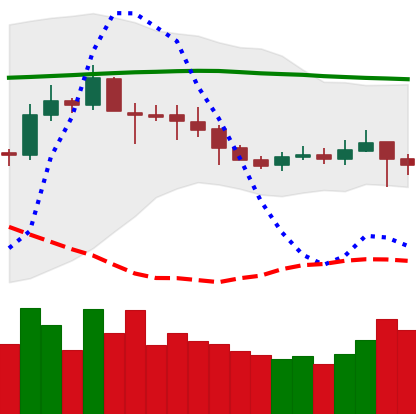
Ticker: ETC-USD
Chart end date: 2019-09-20
Forward return: -21.574%
Label: down_7plus